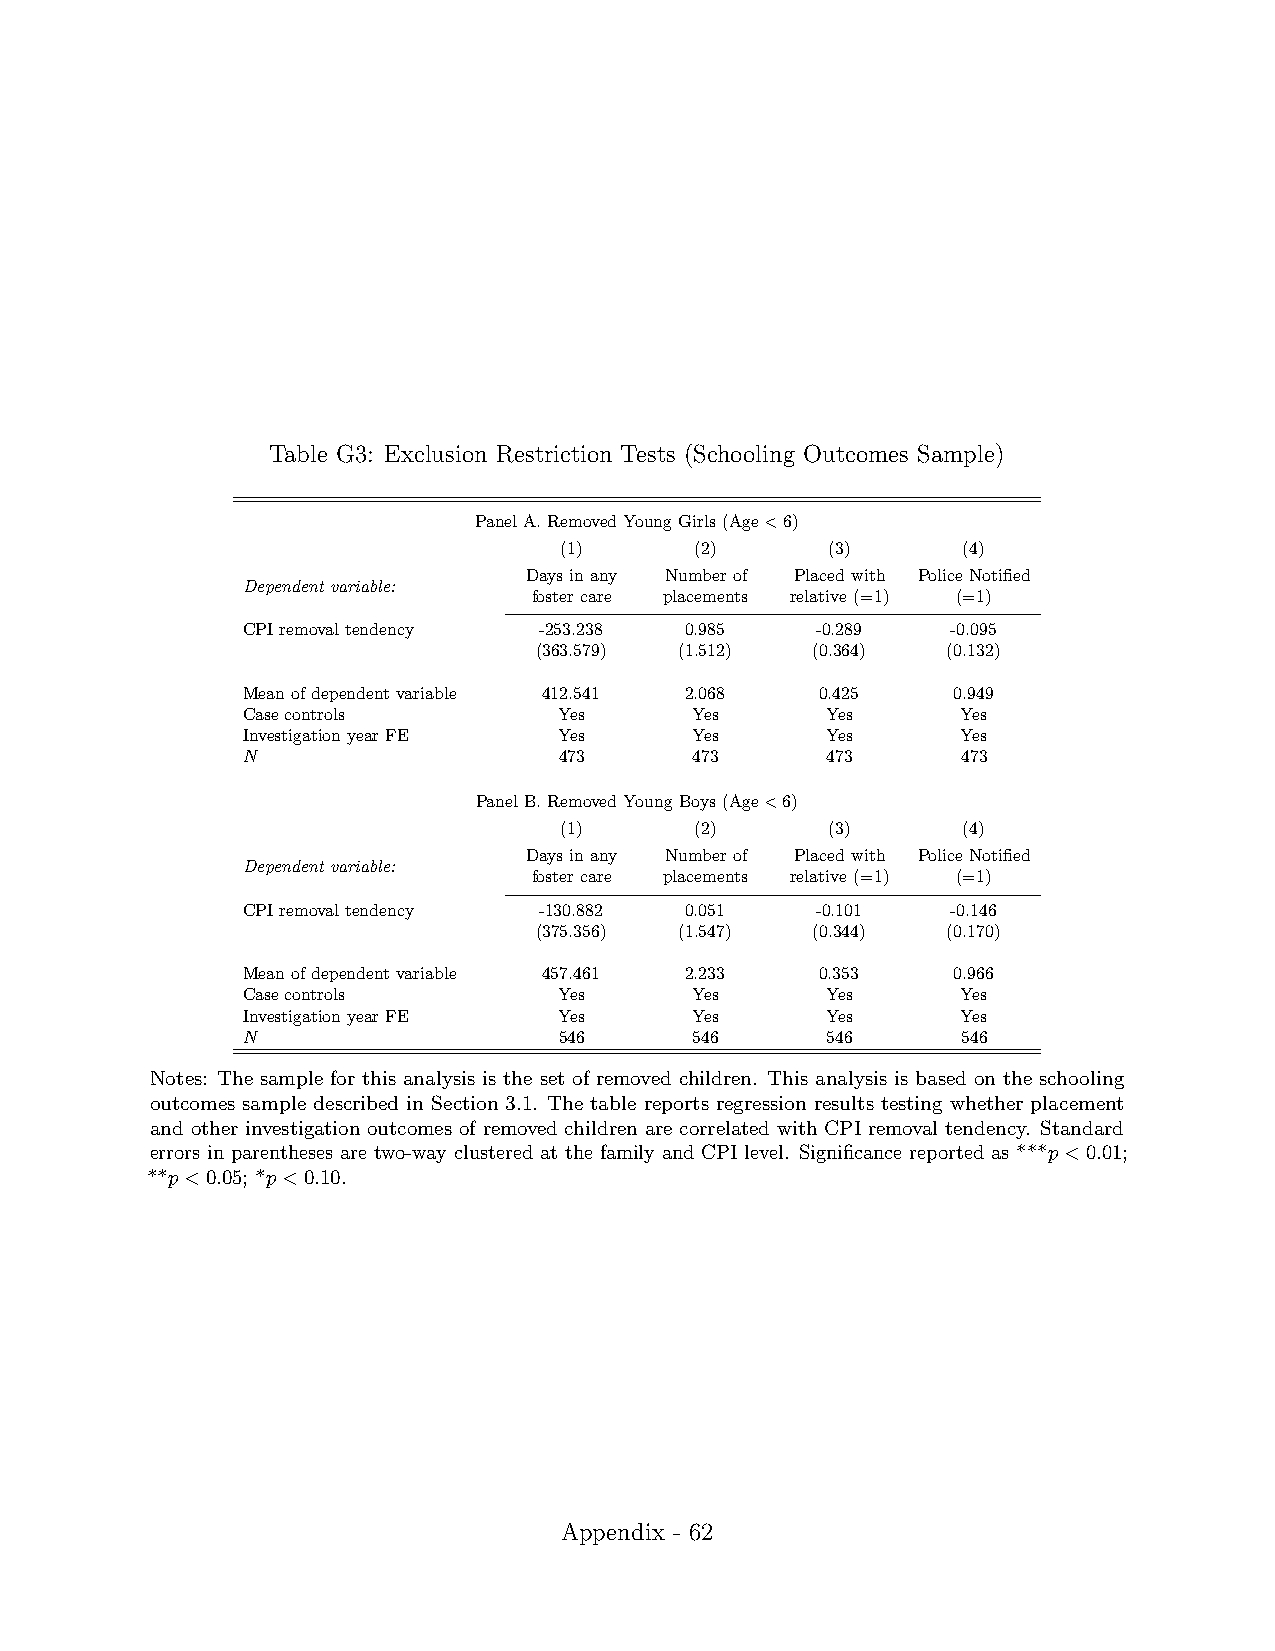
Table G3: Exclusion Restriction Tests (Schooling Outcomes Sample)
 PanelA.RemovedYoungGirls(Age<6)
 (1)      (2)      (3)      (4)
 Daysinany Numberof Placedwith PoliceNotified
 Dependent variable:
 fostercare placements relative(=1) (=1)
 CPIremovaltendency  -253.238 0.985    -0.289   -0.095
 (363.579) (1.512)  (0.364)  (0.132)
 Meanofdependentvariable 412.541 2.068 0.425    0.949
 Casecontrols         Yes      Yes      Yes      Yes
 InvestigationyearFE  Yes      Yes      Yes      Yes
 N                    473      473      473      473
 PanelB.RemovedYoungBoys(Age<6)
 (1)      (2)      (3)      (4)
 Daysinany Numberof Placedwith PoliceNotified
 Dependent variable:
 fostercare placements relative(=1) (=1)
 CPIremovaltendency  -130.882 0.051    -0.101   -0.146
 (375.356) (1.547)  (0.344)  (0.170)
 Meanofdependentvariable 457.461 2.233 0.353    0.966
 Casecontrols         Yes      Yes      Yes      Yes
 InvestigationyearFE  Yes      Yes      Yes      Yes
 N                    546      546      546      546
 Notes: The sample for this analysis is the set of removed children. This analysis is based on the schooling
 outcomes sample described in Section 3.1. The table reports regression results testing whether placement
 and other investigation outcomes of removed children are correlated with CPI removal tendency. Standard
 errors in parentheses are two-way clustered at the family and CPI level. Significance reported as ***p<0.01;
 **p<0.05; *p<0.10.
 Appendix - 62
 1